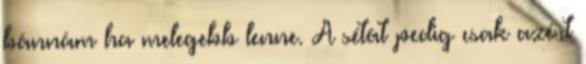
bánnám ha melegebb lenne. A sétát pedig csak azért